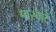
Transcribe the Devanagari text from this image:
मारकेटें